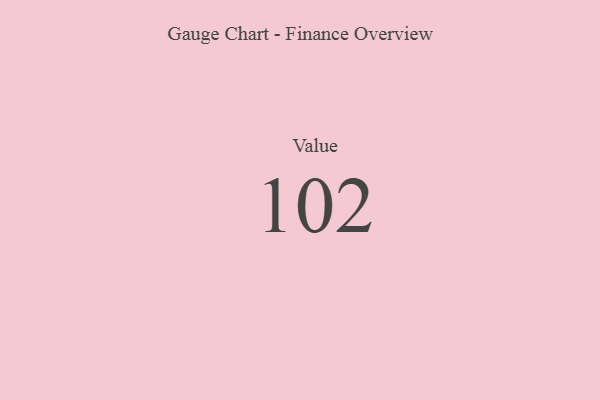
{"axis": {"x": "Metric", "y": "Value"}, "legend": [""], "data": [{"x": "Value", "y": 102, "type": ""}]}